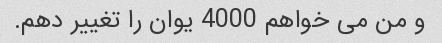
و من می خواهم 4000 یوان را تغییر دهم.